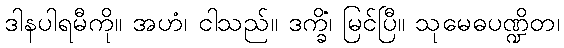
ဒါနပါရမီကို။ အဟံ၊ ငါသည်။ ဒက္ခိံ၊ မြင်ပြီ။ သုမေဓပဏ္ဍိတ၊